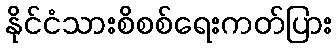
နိုင်ငံသားစိစစ်ရေးကတ်ပြား